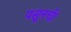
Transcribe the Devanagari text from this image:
पसूनची